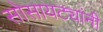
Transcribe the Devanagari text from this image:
सोसायट्यांनी